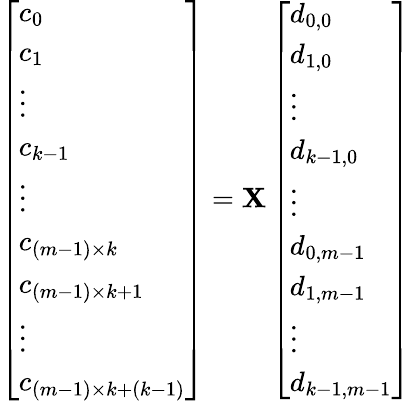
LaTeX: \begin{array}{r}{\left[\begin{array}{l}{c_{0}}\\ {c_{1}}\\ {\vdots}\\ {c_{k-1}}\\ {\vdots}\\ {c_{(m-1)\times k}}\\ {c_{(m-1)\times k+1}}\\ {\vdots}\\ {c_{(m-1)\times k+(k-1)}}\end{array}\right]={\mathbf X}\left[\begin{array}{l}{d_{0,0}}\\ {d_{1,0}}\\ {\vdots}\\ {d_{k-1,0}}\\ {\vdots}\\ {d_{0,m-1}}\\ {d_{1,m-1}}\\ {\vdots}\\ {d_{k-1,m-1}}\end{array}\right]}\end{array}